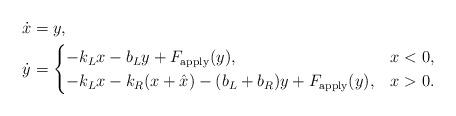
LaTeX: \begin{align*}\dot{x} &= y, \\\dot{y} &= \begin{cases}-k_L x - b_L y + F_{\rm apply}(y), & x < 0, \\-k_L x - k_R (x + \hat{x}) - (b_L + b_R) y + F_{\rm apply}(y), & x > 0.\end{cases}\end{align*}